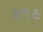
૪૧૯